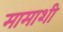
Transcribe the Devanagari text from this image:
मामाशी